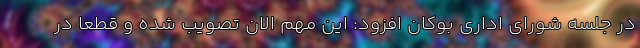
در جلسه شورای اداری بوکان افزود: این مهم الان تصویب شده و قطعا در